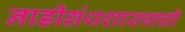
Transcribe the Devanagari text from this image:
नाडीग्रंथशास्त्राची